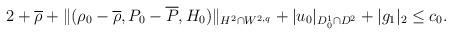
LaTeX: \begin{align*}2+\overline{\rho}+\|(\rho_0-\overline{\rho},P_0-\overline{P},H_0)\|_{H^2\cap W^{2,q}}+|u_0|_{D^1_0\cap D^2}+|g_1|_{2}\leq c_0.\end{align*}